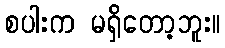
စပါးက မရှိတော့ဘူး။